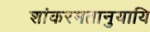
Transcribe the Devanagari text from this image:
शांकरमतानुयायि